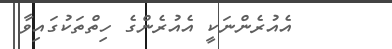
އެއުރެންނަކީ އެއުރެންގެ ހިތްތަކުގައިވާ